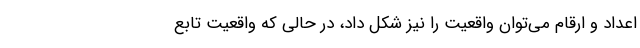
اعداد و ارقام می‌توان واقعیت را نیز شکل داد، در حالی که واقعیت تابع